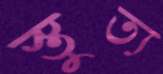
স্তুত্য